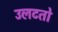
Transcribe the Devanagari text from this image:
उलटतो